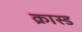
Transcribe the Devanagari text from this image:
क्रास्ड